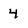
Character: 4